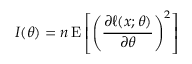
I ( \theta ) = n \operatorname { E } \left[ \left( { \frac { \partial \ell ( x ; \theta ) } { \partial \theta } } \right) ^ { 2 } \right]